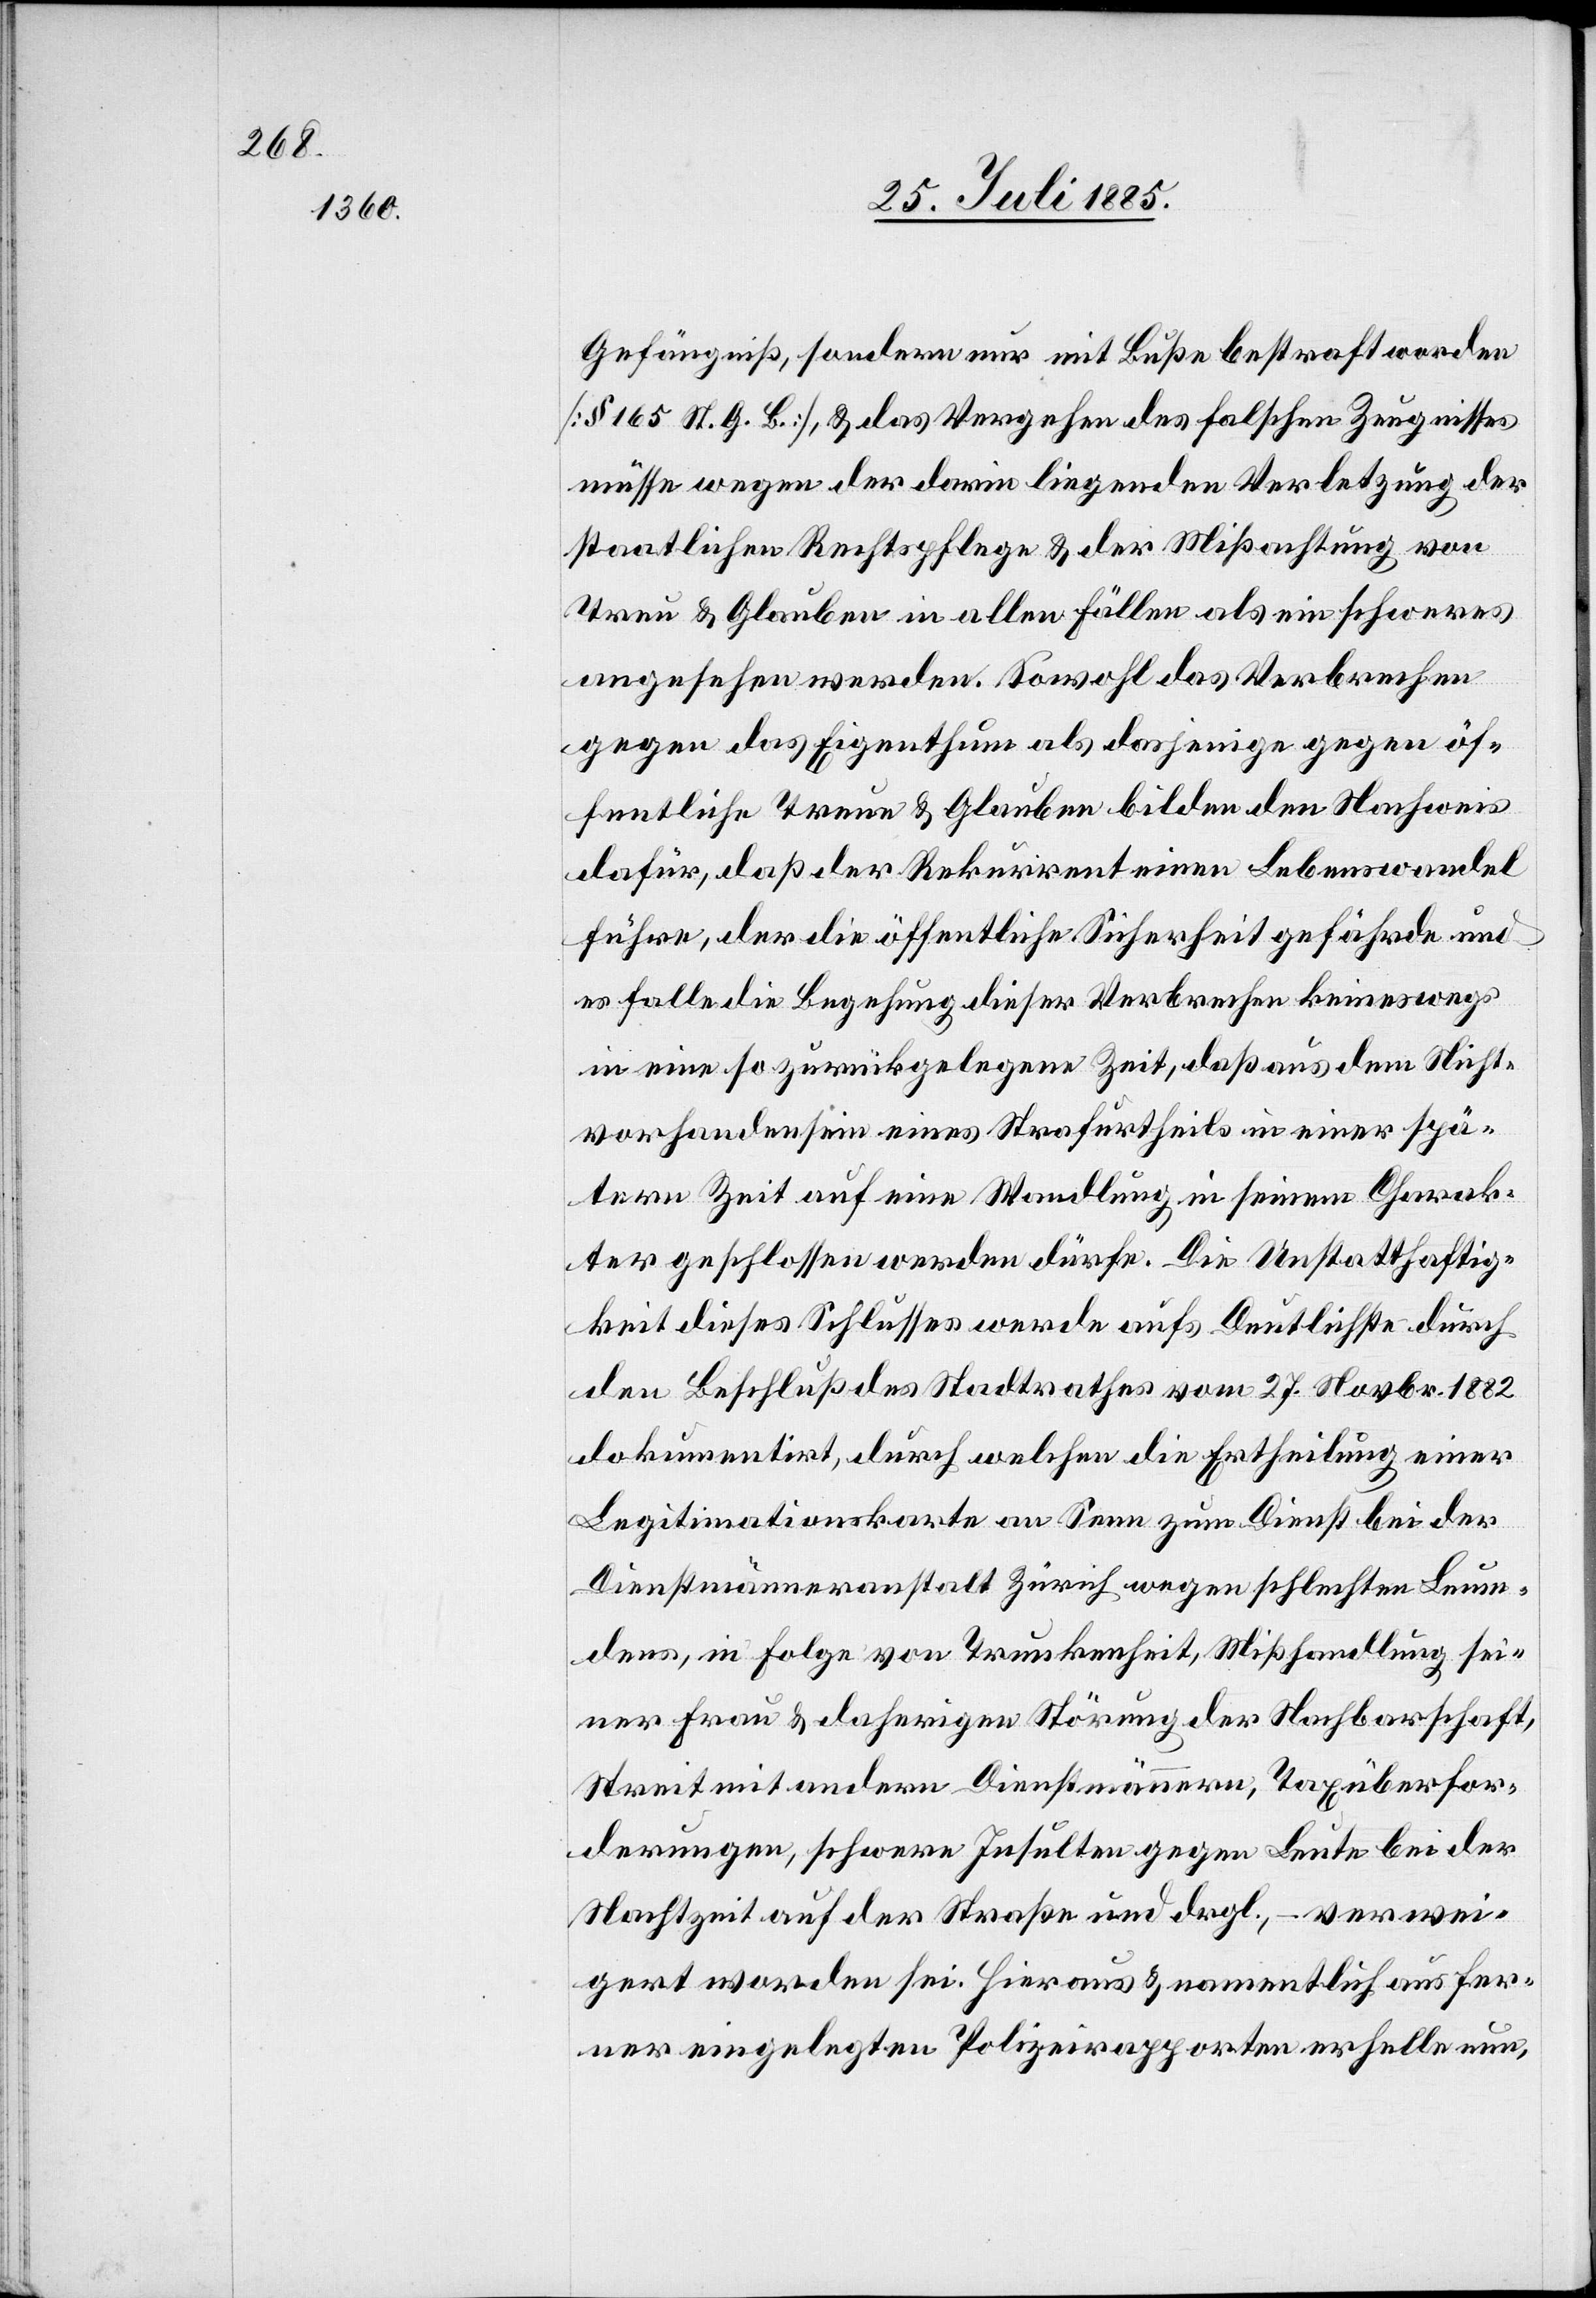
Gefängniß, sondern nur mit Buße bestraft worden
[§ 165 St. G. B.], & das Vergehen des falschen Zeugnisses
müsse wegen der darin liegenden Verletzung der
staatlichen Rechtspflege & der Mißachtung von
Treu & Glauben in allen Fällen als ein schweres
angesehene werden. Sowohl das Verbrechen
gegen das Eigenthum als dasjenige gegen öf¬
fentliche Treue & Glauben bilden den Nachweis
dafür, daß der Rekurrent einen Lebenswandel
führe, der die öffentliche Sicherheit gefährde und
es falle die Begehung dieser Verbrechen keineswegs
in eine so zurückgelegene Zeit, daß aus dem Nicht¬
vorhandensein eines Strafurtheils in einer spä¬
tern Zeit auf eine Wandlung in seinem Charak¬
ter geschlossen werden dürfe. Die Unstatthaftig¬
keit dieses Schlusses werde aufs Deutlichste durch
den Beschluß des Stadtrathes vom 27. Novbr. 1882
dokumentirt, durch welchen die Ertheilung einer
Legitimationskarte an Senn zum Dienst bei der
Dienstmänneranstalt Zürich wegen schlechten Leumun¬
des, in Folge von Trunkenheit, Mißhandlung sei¬
ner Frau & daherigen Störung der Nachbarschaft,
Streit mit andern Dienstmännern, Taxüberfor¬
derungen, schwere Insulten gegen Leute bei der
Nachtzeit auf der Straße und drgl., – verwei¬
gert worden sei. Hieraus & namentlich aus fer¬
ner eingelegten Polizeirapporten erhelle nun,